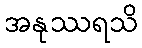
အနုဿရသိ